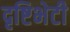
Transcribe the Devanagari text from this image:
दृष्टिभेटी